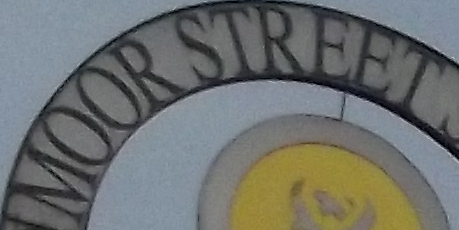
MOOR STREET